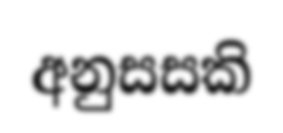
අනුසසකි